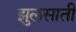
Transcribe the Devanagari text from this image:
झुलसाती